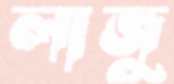
লাজু